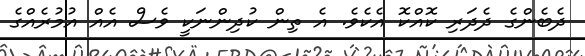
ދެބެންގެ ދެދަރި ކޮއްކޮ އެކެވެ. އެ ތިން ކުދިންނަކީ ވެސް އެއް އުމުރެއްގެ